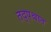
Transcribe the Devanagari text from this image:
तद्पश्चात